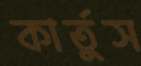
কার্তুস